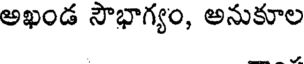
అఖండ సౌభాగ్యం, అనుకూల